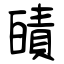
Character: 皟